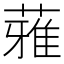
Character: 蕥